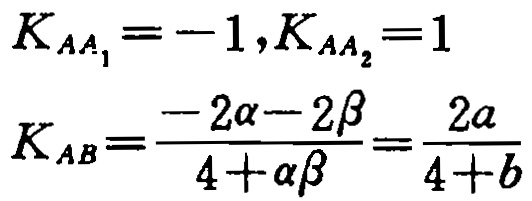
\[
\begin{align*}
K_{AA_1}&=-1,K_{AA_2}=1\\
K_{AB}&=\frac{-2\alpha - 2\beta}{4+\alpha\beta}=\frac{2a}{4 + b}
\end{align*}
\]